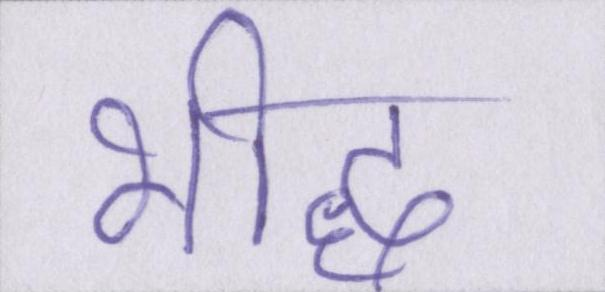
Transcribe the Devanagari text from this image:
भीद्ध